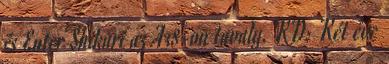
és Enter Shikari az A38-on tavaly. KD: Két éve